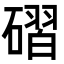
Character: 磖